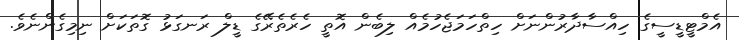
އެމްޓީޑީސީގެ ހިއްސާދާރުންނަށް ހިތްހަމަޖެހުމެއް ލިބެން އޮތީ ހެރެތެރޭގެ ޑީލް ރަނގަޅު ގޮތަކަށް ނިމިގެންނެވެ.